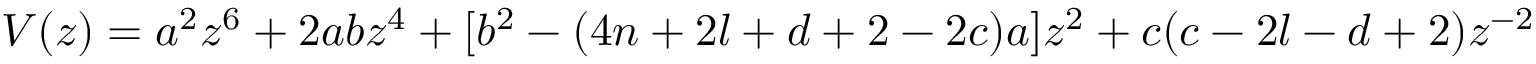
V ( z ) = a ^ { 2 } z ^ { 6 } + 2 a b z ^ { 4 } + [ b ^ { 2 } - ( 4 n + 2 l + d + 2 - 2 c ) a ] z ^ { 2 } + c ( c - 2 l - d + 2 ) z ^ { - 2 }